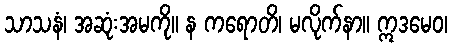
သာသနံ၊ အဆုံးအမကို။ န ကရောတိ၊ မလိုက်နာ။ ဣဒမေဝ၊